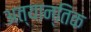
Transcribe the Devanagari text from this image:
अत्यान्तिक